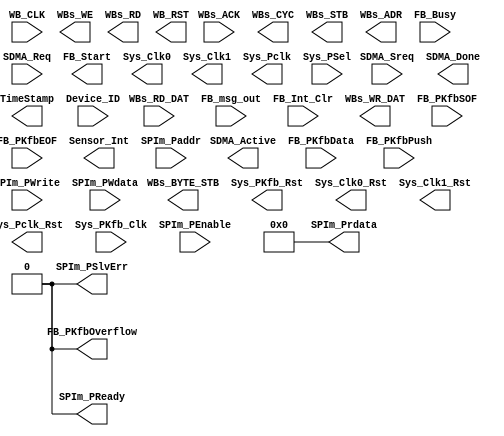
module ASSP (
			WB_CLK,
			WBs_ACK,
			WBs_RD_DAT,
			WBs_BYTE_STB,
			WBs_CYC,
			WBs_WE,
			WBs_RD,
			WBs_STB,
			WBs_ADR,
			SDMA_Req,
			SDMA_Sreq,
			SDMA_Done,
			SDMA_Active,
			FB_msg_out,
			FB_Int_Clr,
			FB_Start,
			FB_Busy,
			WB_RST,
			Sys_PKfb_Rst,
			Sys_Clk0,
			Sys_Clk0_Rst,
			Sys_Clk1,
			Sys_Clk1_Rst,
			Sys_Pclk,
			Sys_Pclk_Rst,
			Sys_PKfb_Clk,
			FB_PKfbData,
			WBs_WR_DAT,
			FB_PKfbPush,
			FB_PKfbSOF,
			FB_PKfbEOF,
			Sensor_Int,
			FB_PKfbOverflow,
			TimeStamp,
			Sys_PSel,
			SPIm_Paddr,
			SPIm_PEnable,
			SPIm_PWrite,
			SPIm_PWdata,
			SPIm_PReady,
			SPIm_PSlvErr,
			SPIm_Prdata,
			Device_ID
			);

  input wire         WB_CLK;
  input	wire         WBs_ACK;
  input	wire  [31:0] WBs_RD_DAT;
  output wire [3:0]  WBs_BYTE_STB;
  output wire        WBs_CYC;
  output wire        WBs_WE;
  output wire        WBs_RD;
  output wire        WBs_STB;
  output wire [16:0] WBs_ADR;
  input wire  [3:0]  SDMA_Req;
  input wire  [3:0]  SDMA_Sreq;
  output wire [3:0]  SDMA_Done;
  output wire [3:0]  SDMA_Active;
  input wire  [3:0]  FB_msg_out;
  input wire  [7:0]  FB_Int_Clr;
  output wire        FB_Start;
  input wire         FB_Busy;
  output wire        WB_RST;
  output wire        Sys_PKfb_Rst;
  output wire        Sys_Clk0;
  output wire        Sys_Clk0_Rst;
  output wire        Sys_Clk1;
  output wire        Sys_Clk1_Rst;
  output wire        Sys_Pclk;
  output wire        Sys_Pclk_Rst;
  input wire         Sys_PKfb_Clk;
  input wire  [31:0] FB_PKfbData;
  output wire [31:0] WBs_WR_DAT;
  input wire  [3:0]  FB_PKfbPush;
  input wire         FB_PKfbSOF;
  input wire         FB_PKfbEOF;
  output wire [7:0]  Sensor_Int;

  (* DELAY_MATRIX_FB_PKfbPush="{iopath_FB_PKfbPush0_FB_PKfbOverflow} {iopath_FB_PKfbPush1_FB_PKfbOverflow} {iopath_FB_PKfbPush2_FB_PKfbOverflow} {iopath_FB_PKfbPush3_FB_PKfbOverflow}" *)
  output wire        FB_PKfbOverflow;

  output wire [23:0] TimeStamp;
  input wire         Sys_PSel;
  input wire  [15:0] SPIm_Paddr;
  input wire         SPIm_PEnable;
  input wire         SPIm_PWrite;
  input wire  [31:0] SPIm_PWdata;

  (* DELAY_CONST_Sys_PSel="{iopath_Sys_PSel_SPIm_PReady}" *)
  output wire        SPIm_PReady;

 (* DELAY_CONST_Sys_PSel="{iopath_Sys_PSel_SPIm_PSlvErr}" *)
  output wire        SPIm_PSlvErr;

  (* DELAY_MATRIX_Sys_PSel= "{iopath_Sys_PSel_SPIm_Prdata0} {iopath_Sys_PSel_SPIm_Prdata1} {iopath_Sys_PSel_SPIm_Prdata2} {iopath_Sys_PSel_SPIm_Prdata3} {iopath_Sys_PSel_SPIm_Prdata4} {iopath_Sys_PSel_SPIm_Prdata5} {iopath_Sys_PSel_SPIm_Prdata6} {iopath_Sys_PSel_SPIm_Prdata7} {iopath_Sys_PSel_SPIm_Prdata8} {iopath_Sys_PSel_SPIm_Prdata9} {iopath_Sys_PSel_SPIm_Prdata10} {iopath_Sys_PSel_SPIm_Prdata11} {iopath_Sys_PSel_SPIm_Prdata12} {iopath_Sys_PSel_SPIm_Prdata13} {iopath_Sys_PSel_SPIm_Prdata14} {iopath_Sys_PSel_SPIm_Prdata15} {iopath_Sys_PSel_SPIm_Prdata16} {iopath_Sys_PSel_SPIm_Prdata17} {iopath_Sys_PSel_SPIm_Prdata18} {iopath_Sys_PSel_SPIm_Prdata19} {iopath_Sys_PSel_SPIm_Prdata20} {iopath_Sys_PSel_SPIm_Prdata21} {iopath_Sys_PSel_SPIm_Prdata22} {iopath_Sys_PSel_SPIm_Prdata23} {iopath_Sys_PSel_SPIm_Prdata24} {iopath_Sys_PSel_SPIm_Prdata25} {iopath_Sys_PSel_SPIm_Prdata26} {iopath_Sys_PSel_SPIm_Prdata27} {iopath_Sys_PSel_SPIm_Prdata28} {iopath_Sys_PSel_SPIm_Prdata29} {iopath_Sys_PSel_SPIm_Prdata30} {iopath_Sys_PSel_SPIm_Prdata31}" *)
  output wire [31:0] SPIm_Prdata;

  input wire  [15:0] Device_ID;

  // dummy assignents to mark combinational depenedencies
  assign SPIm_Prdata = (Sys_PSel == 1'b1) ? 32'h00000000 : 32'h00000000;
  assign SPIm_PReady = (Sys_PSel == 1'b1) ? 1'b0 : 1'b0;
  assign SPIm_PSlvErr = (Sys_PSel == 1'b1) ? 1'b0 : 1'b0;
  assign FB_PKfbOverflow = (FB_PKfbPush != 4'b0000) ? 1'b0 : 1'b0;

endmodule